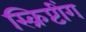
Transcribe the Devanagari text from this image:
स्क्रिप्टींग